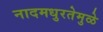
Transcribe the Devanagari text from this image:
नादमधुरतेमुळे